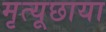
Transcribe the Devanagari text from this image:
मृत्यूछाया